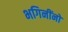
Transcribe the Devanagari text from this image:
भगिनींनो